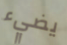
يضيء